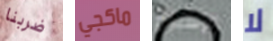
ضربنا ماكجي الإسبوع لا